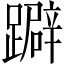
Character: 躃